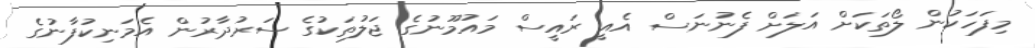
މިފަހަކުން ލޯތަކަށް އަލަށް ފެނުނަސް އެއީ ރައީސް މައުމޫނުގެ ޖަލުތަކުގެ ސަރުދާރުން އެމަނިކުފާނުގެ